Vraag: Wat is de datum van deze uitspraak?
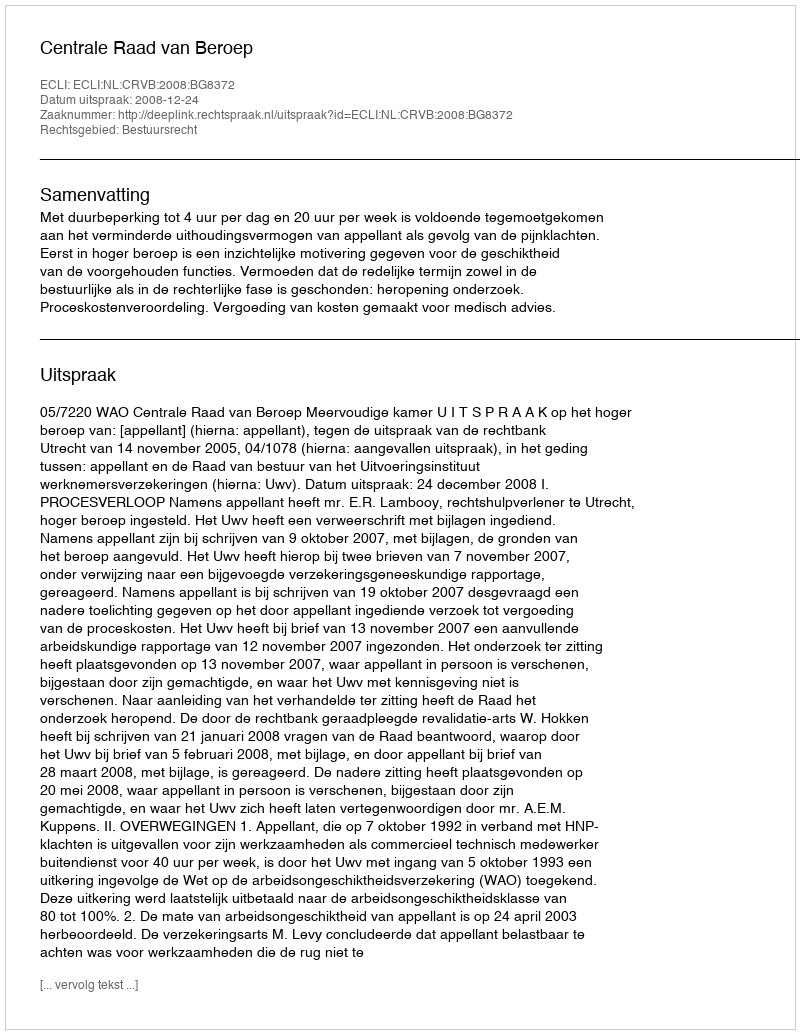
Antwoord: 2008-12-24